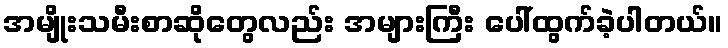
အမျိုးသမီးစာဆိုတွေလည်း အများကြီး ပေါ်ထွက်ခဲ့ပါတယ်။